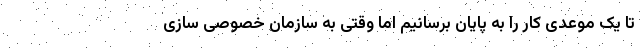
تا یک موعدی کار را به پایان برسانیم اما وقتی به سازمان خصوصی سازی